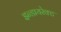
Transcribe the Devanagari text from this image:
इन्डायरेक्ट